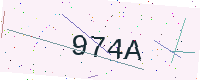
Text: 974A